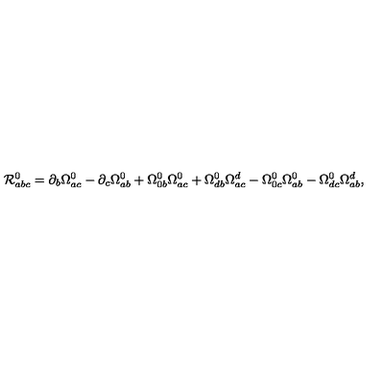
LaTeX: { \cal R } _ { a b c } ^ { 0 } = \partial _ { b } \Omega _ { a c } ^ { 0 } - \partial _ { c } \Omega _ { a b } ^ { 0 } + \Omega _ { 0 b } ^ { 0 } \Omega _ { a c } ^ { 0 } + \Omega _ { d b } ^ { 0 } \Omega _ { a c } ^ { d } - \Omega _ { 0 c } ^ { 0 } \Omega _ { a b } ^ { 0 } - \Omega _ { d c } ^ { 0 } \Omega _ { a b } ^ { d } ,